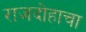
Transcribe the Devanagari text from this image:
राजदोहाचा